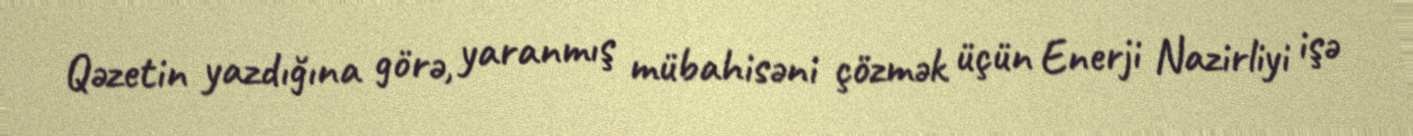
Qəzetin yazdığına görə, yaranmış mübahisəni çözmək üçün Enerji Nazirliyi işə